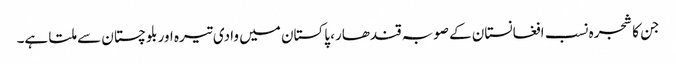
جن کا شجرہ نسب افغانستان کے صوبہ قندھار، پاکستان میں وادی تیرہ اور بلوچستان سے ملتا ہے۔